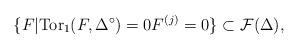
LaTeX: \begin{align*} \{F|\mathrm{Tor}_1(F,\Delta^{\circ})=0 F^{(j)}=0\}\subset \mathcal{F}(\Delta), \end{align*}